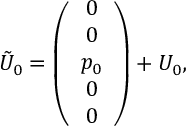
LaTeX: \tilde { U } _ { 0 } = \left( \begin{array} { c } { { 0 } } \\ { { 0 } } \\ { { p _ { 0 } } } \\ { { 0 } } \\ { { 0 } } \end{array} \right) + U _ { 0 } ,